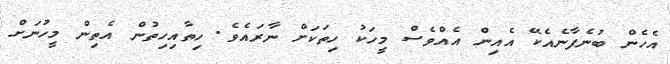
އެހެން ބުނެފާނެއެކޭ އެއިން އެއްވެސް މީހަކު ހިތަކަށް ނާރައެވެ. ހިތާއިހިތުން އެތިން މީހުނަށް